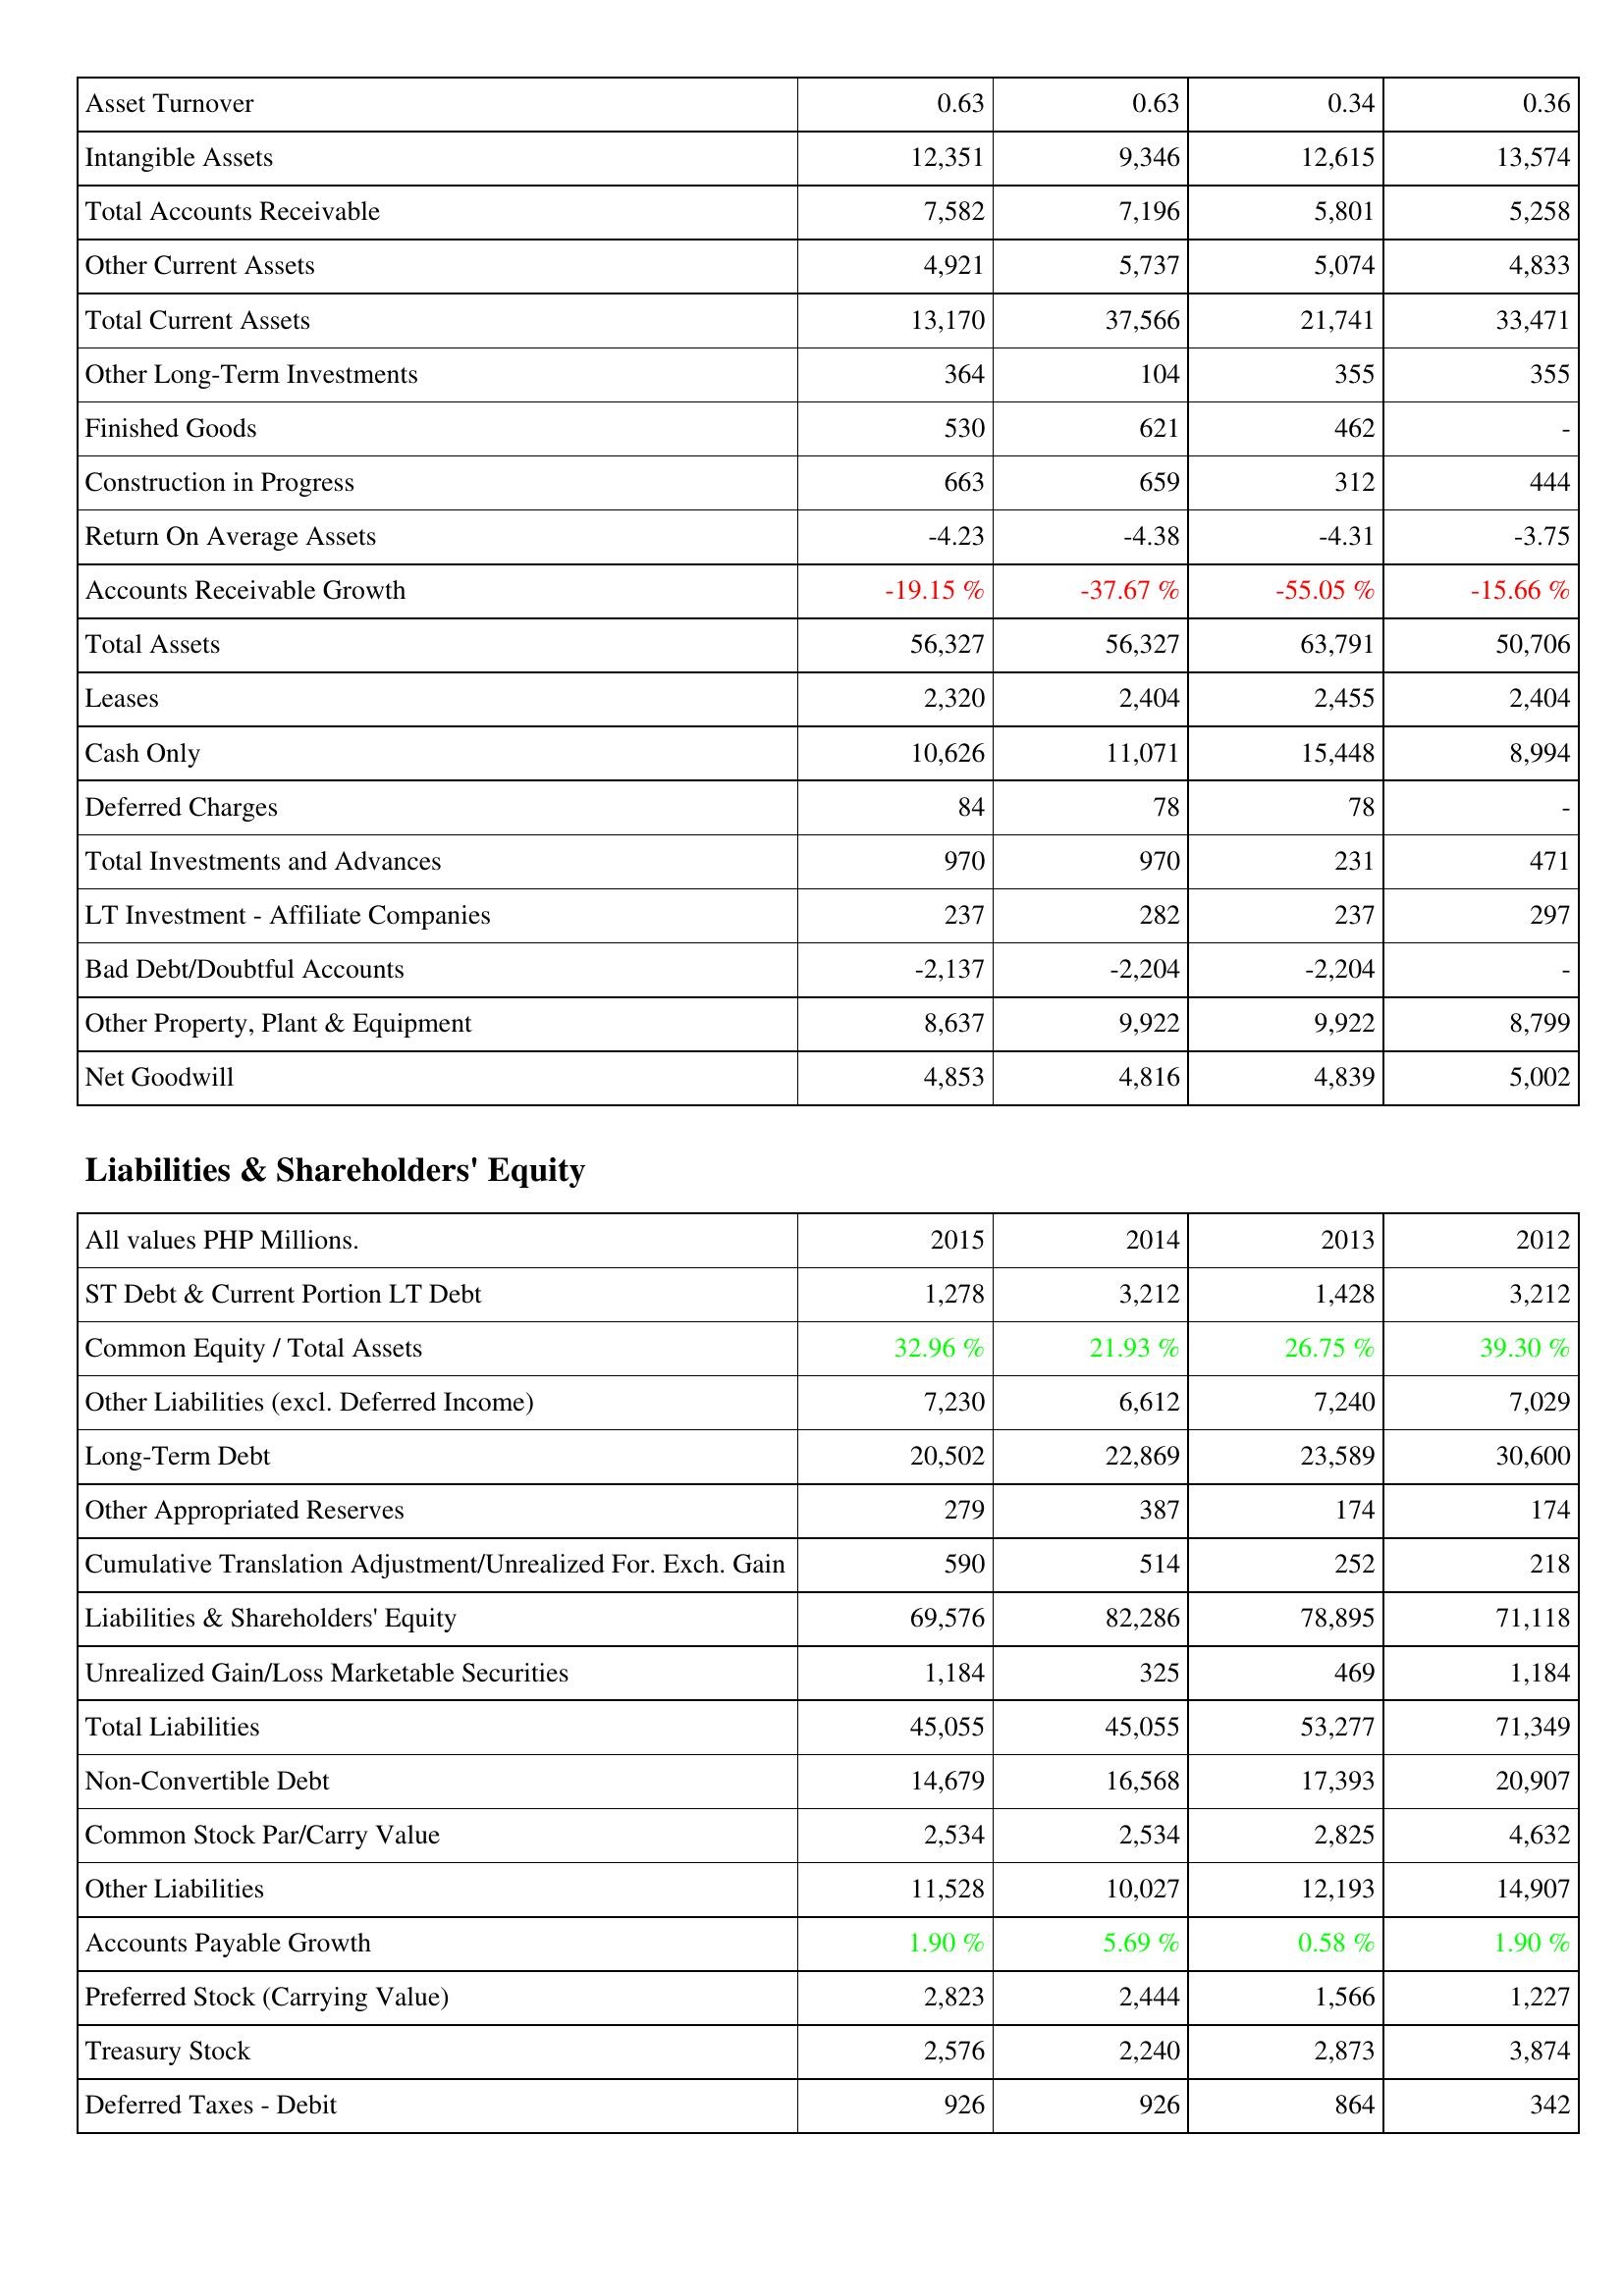
2015: Assets: Asset Turnover: 0.63
Intangible Assets: 12,351
Total Accounts Receivable: 7,582
Other Current Assets: 4,921
Total Current Assets: 13,170
Other Long-Term Investments: 364
Finished Goods: 530
Construction in Progress: 663
Return On Average Assets: -4.23
Accounts Receivable Growth: -19.15 %
Total Assets: 56,327
Leases: 2,320
Cash Only: 10,626
Deferred Charges: 84
Total Investments and Advances: 970
LT Investment - Affiliate Companies: 237
Bad Debt/Doubtful Accounts: -2,137
Other Property, Plant & Equipment: 8,637
Net Goodwill: 4,853
Liabilities & Shareholders' Equity: ST Debt & Current Portion LT Debt: 1,278
Common Equity / Total Assets: 32.96 %
Other Liabilities (excl. Deferred Income): 7,230
Long-Term Debt: 20,502
Other Appropriated Reserves: 279
Cumulative Translation Adjustment/Unrealized For. Exch. Gain: 590
Liabilities & Shareholders' Equity: 69,576
Unrealized Gain/Loss Marketable Securities: 1,184
Total Liabilities: 45,055
Non-Convertible Debt: 14,679
Common Stock Par/Carry Value: 2,534
Other Liabilities: 11,528
Accounts Payable Growth: 1.90 %
Preferred Stock (Carrying Value): 2,823
Treasury Stock: 2,576
Deferred Taxes - Debit: 926
2014: Assets: Asset Turnover: 0.63
Intangible Assets: 9,346
Total Accounts Receivable: 7,196
Other Current Assets: 5,737
Total Current Assets: 37,566
Other Long-Term Investments: 104
Finished Goods: 621
Construction in Progress: 659
Return On Average Assets: -4.38
Accounts Receivable Growth: -37.67 %
Total Assets: 56,327
Leases: 2,404
Cash Only: 11,071
Deferred Charges: 78
Total Investments and Advances: 970
LT Investment - Affiliate Companies: 282
Bad Debt/Doubtful Accounts: -2,204
Other Property, Plant & Equipment: 9,922
Net Goodwill: 4,816
Liabilities & Shareholders' Equity: ST Debt & Current Portion LT Debt: 3,212
Common Equity / Total Assets: 21.93 %
Other Liabilities (excl. Deferred Income): 6,612
Long-Term Debt: 22,869
Other Appropriated Reserves: 387
Cumulative Translation Adjustment/Unrealized For. Exch. Gain: 514
Liabilities & Shareholders' Equity: 82,286
Unrealized Gain/Loss Marketable Securities: 325
Total Liabilities: 45,055
Non-Convertible Debt: 16,568
Common Stock Par/Carry Value: 2,534
Other Liabilities: 10,027
Accounts Payable Growth: 5.69 %
Preferred Stock (Carrying Value): 2,444
Treasury Stock: 2,240
Deferred Taxes - Debit: 926
2013: Assets: Asset Turnover: 0.34
Intangible Assets: 12,615
Total Accounts Receivable: 5,801
Other Current Assets: 5,074
Total Current Assets: 21,741
Other Long-Term Investments: 355
Finished Goods: 462
Construction in Progress: 312
Return On Average Assets: -4.31
Accounts Receivable Growth: -55.05 %
Total Assets: 63,791
Leases: 2,455
Cash Only: 15,448
Deferred Charges: 78
Total Investments and Advances: 231
LT Investment - Affiliate Companies: 237
Bad Debt/Doubtful Accounts: -2,204
Other Property, Plant & Equipment: 9,922
Net Goodwill: 4,839
Liabilities & Shareholders' Equity: ST Debt & Current Portion LT Debt: 1,428
Common Equity / Total Assets: 26.75 %
Other Liabilities (excl. Deferred Income): 7,240
Long-Term Debt: 23,589
Other Appropriated Reserves: 174
Cumulative Translation Adjustment/Unrealized For. Exch. Gain: 252
Liabilities & Shareholders' Equity: 78,895
Unrealized Gain/Loss Marketable Securities: 469
Total Liabilities: 53,277
Non-Convertible Debt: 17,393
Common Stock Par/Carry Value: 2,825
Other Liabilities: 12,193
Accounts Payable Growth: 0.58 %
Preferred Stock (Carrying Value): 1,566
Treasury Stock: 2,873
Deferred Taxes - Debit: 864
2012: Assets: Asset Turnover: 0.36
Intangible Assets: 13,574
Total Accounts Receivable: 5,258
Other Current Assets: 4,833
Total Current Assets: 33,471
Other Long-Term Investments: 355
Finished Goods: -
Construction in Progress: 444
Return On Average Assets: -3.75
Accounts Receivable Growth: -15.66 %
Total Assets: 50,706
Leases: 2,404
Cash Only: 8,994
Deferred Charges: -
Total Investments and Advances: 471
LT Investment - Affiliate Companies: 297
Bad Debt/Doubtful Accounts: -
Other Property, Plant & Equipment: 8,799
Net Goodwill: 5,002
Liabilities & Shareholders' Equity: ST Debt & Current Portion LT Debt: 3,212
Common Equity / Total Assets: 39.30 %
Other Liabilities (excl. Deferred Income): 7,029
Long-Term Debt: 30,600
Other Appropriated Reserves: 174
Cumulative Translation Adjustment/Unrealized For. Exch. Gain: 218
Liabilities & Shareholders' Equity: 71,118
Unrealized Gain/Loss Marketable Securities: 1,184
Total Liabilities: 71,349
Non-Convertible Debt: 20,907
Common Stock Par/Carry Value: 4,632
Other Liabilities: 14,907
Accounts Payable Growth: 1.90 %
Preferred Stock (Carrying Value): 1,227
Treasury Stock: 3,874
Deferred Taxes - Debit: 342